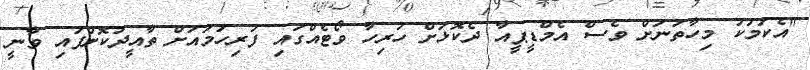
"އެކަމަކު މިހާތަނަށް ވެސް އެމްޑީޕީއާ ދެކޮޅަށް ހުރިހާ ވޯޓެއްގައި ފުރިހަމައަށް ތާއީދުކޮށްފައި ވާނީ